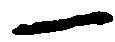
一